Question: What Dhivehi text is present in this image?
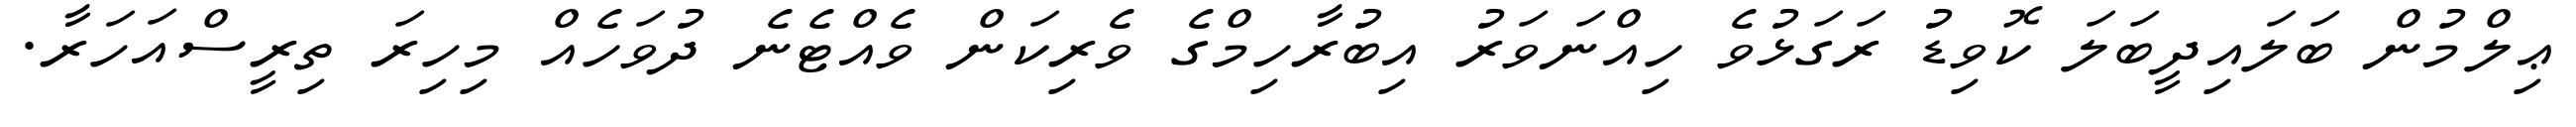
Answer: ޢިލްމުން ބަލައިދީބަލަ ކޮވިޑު ރަގަޅުވެ ހިއްނަވަރު އިބުރާހިމްގެ ވެރިކަން ވެއްޓެނެ ދުވަހެއް މިހިރަ ތިރީސްއަހަރާ.